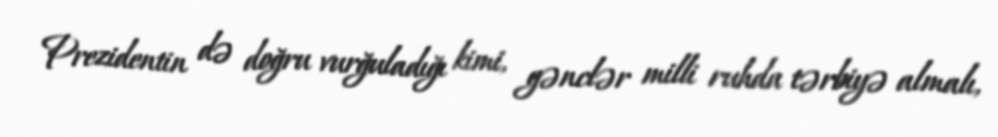
Prezidentin də doğru vurğuladığı kimi, gənclər milli ruhda tərbiyə almalı,